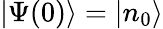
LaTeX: |\Psi(0)\rangle=|n_{0}\rangle